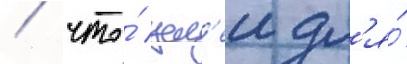
/ что́ цел'еи дл'я́